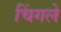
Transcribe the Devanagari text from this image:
चिंगले